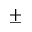
\pm